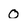
Character: 0